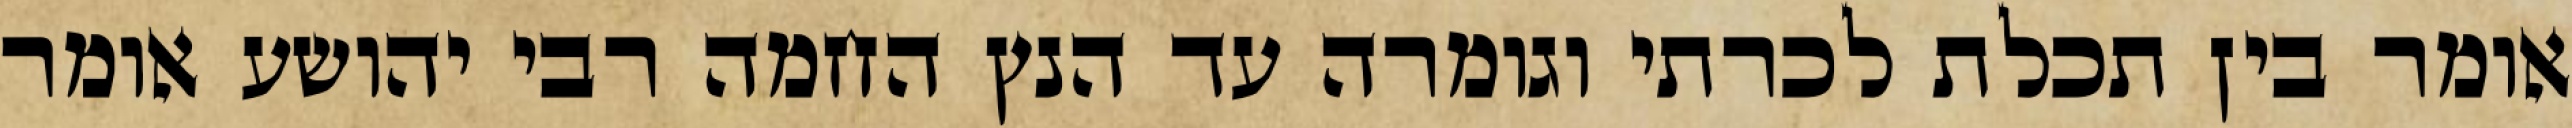
אומר בין תכלת לכרתי וגומרה עד הנץ החמה רבי יהושע אומר